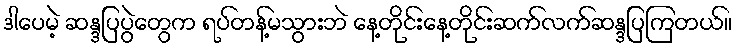
ဒါပေမဲ့ ဆန္ဒပြပွဲတွေက ရပ်တန့်မသွားဘဲ နေ့တိုင်းနေ့တိုင်းဆက်လက်ဆန္ဒပြကြတယ်။